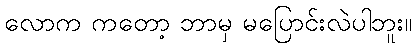
လောက ကတော့ ဘာမှ မပြောင်းလဲပါဘူး။